Plague in India, 1896, 1897 - Volume 1
Year: 1896
Disease focus: Plague
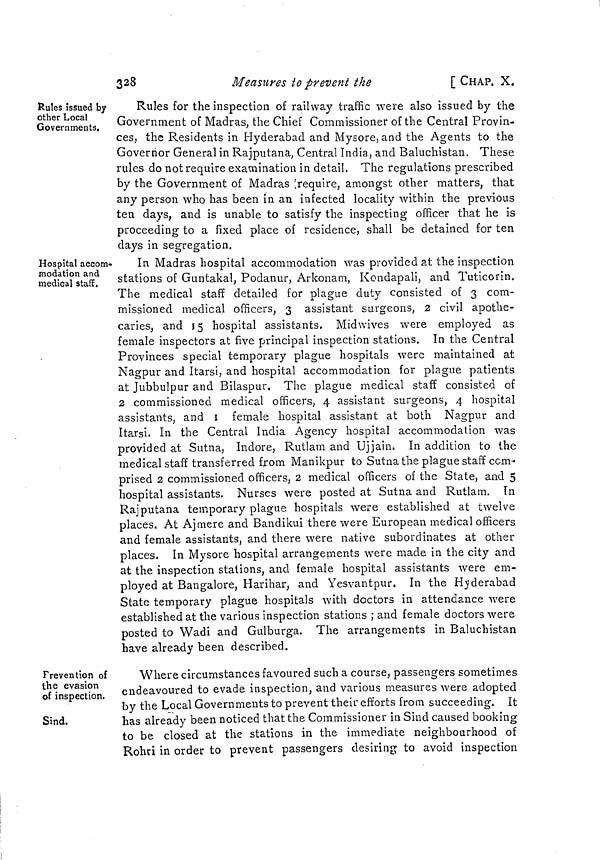
328
Measures to prevent the
[ CHAP. X.
Rules issued by
other Local
Governments.
Rules for the inspection of railway traffic were also issued by the
Government of Madras, the Chief Commissioner of the Central Provin-
ces, the Residents in Hyderabad and Mysore, and the Agents to the
Governor General in Rajputana, Central India, and Baluchistan. These
rules do not require examination in detail. The regulations prescribed
by the Government of Madras require, amongst other matters, that
any person who has been in an infected locality within the previous
ten days, and is unable to satisfy the inspecting officer that he is
proceeding to a fixed place of residence, shall be detained for ten
days in segregation.
Hospital accom-
modation and
medical staff.
In Madras hospital accommodation was provided at the inspection
stations of Guntakal, Podanur, Arkonam, Kondapali, and Tuticorin.
The medical staff detailed for plague duty consisted of 3 com-
missioned medical officers, 3 assistant surgeons, 2 civil apothe-
caries, and 15 hospital assistants. Midwives were employed as
female inspectors at five principal inspection stations. In the Central
Provinces special temporary plague hospitals were maintained at
Nagpur and Itarsi, and hospital accommodation for plague patients
at Jubbulpur and Bilaspur. The plague medical staff consisted of
2 commissioned medical officers, 4 assistant surgeons, 4 hospital
assistants, and 1 female hospital assistant at both Nagpur and
Itarsi. In the Central India Agency hospital accommodation was
provided at Sutna, Indore, Rutlam and Ujjain. In addition to the
medical staff transferred from Manikpur to Sutna the plague staff com-
prised 2 commissioned officers, 2 medical officers of the State, and 5
hospital assistants. Nurses were posted at Sutna and Rutlam. In
Rajputana temporary plague hospitals were established at twelve
places. At Ajmere and Bandikui there were European medical officers
and female assistants, and there were native subordinates at other
places. In Mysore hospital arrangements were made in the city and
at the inspection stations, and female hospital assistants were em-
ployed at Bangalore, Harihar, and Yesvantpur. In the Hyderabad
State temporary plague hospitals with doctors in attendance were
established at the various inspection stations ; and female doctors were
posted to Wadi and Gulburga. The arrangements in Baluchistan
have already been described.
Prevention of
the evasion
of inspection.
Sind.
Where circumstances favoured such a course, passengers sometimes
endeavoured to evade inspection, and various measures were adopted
by the Local Governments to prevent their efforts from succeeding. It
has already been noticed that the Commissioner in Sind caused booking
to be closed at the stations in the immediate neighbourhood of
Rohri in order to prevent passengers desiring to avoid inspection